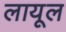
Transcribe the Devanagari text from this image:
लायूल